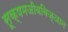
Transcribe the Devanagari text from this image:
सूक्षमजीवविज्ञान